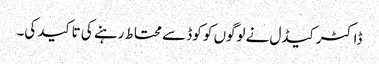
ڈاکٹر کیڈل نے لوگوں کو کوڈ سے محتاط رہنے کی تاکید کی۔